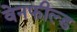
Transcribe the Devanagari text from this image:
वेनफील्ड